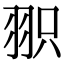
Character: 𦐖